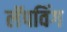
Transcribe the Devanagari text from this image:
लॅपविंग